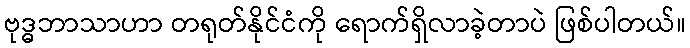
ဗုဒ္ဓဘာသာဟာ တရုတ်နိုင်ငံကို ရောက်ရှိလာခဲ့တာပဲ ဖြစ်ပါတယ်။